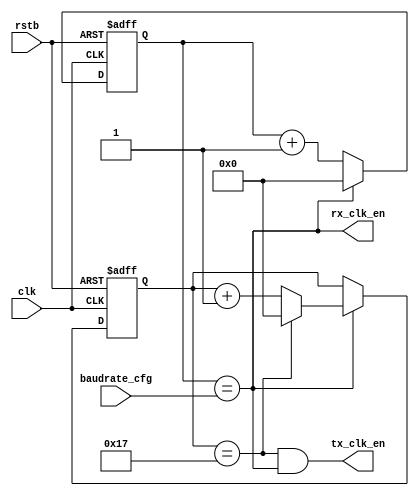
module baudrate #(
    parameter CLK_FREQ = 50000000,
    parameter SAMPLE_RATE = 24
)(
    input clk,
    input rstb,
    input [7:0] baudrate_cfg, //clk_en will go to 1 every (50000000/(baudrate_cfg+1))
    output tx_clk_en,
    output rx_clk_en
);

    reg [7:0] cnt;
    reg [7:0] tx_cnt;
    always @(posedge clk or negedge rstb) begin
        if(~rstb) begin
            cnt <= 0;
        end else begin
            if(cnt == baudrate_cfg) begin
                cnt <= 0;
            end else begin
                cnt <= cnt + 1;
            end
        end
    end

    assign rx_clk_en = cnt == baudrate_cfg;

    always @(posedge clk or negedge rstb) begin
        if(~rstb) begin
            tx_cnt <= 0;
        end else begin
            if(rx_clk_en) begin
                if(tx_cnt  == SAMPLE_RATE -1) begin
                    tx_cnt <= 0;
                end else begin
                    tx_cnt <= tx_cnt + 1;
                end
            end
        end
    end

    assign tx_clk_en = (tx_cnt == (SAMPLE_RATE-1)) & rx_clk_en;

endmodule